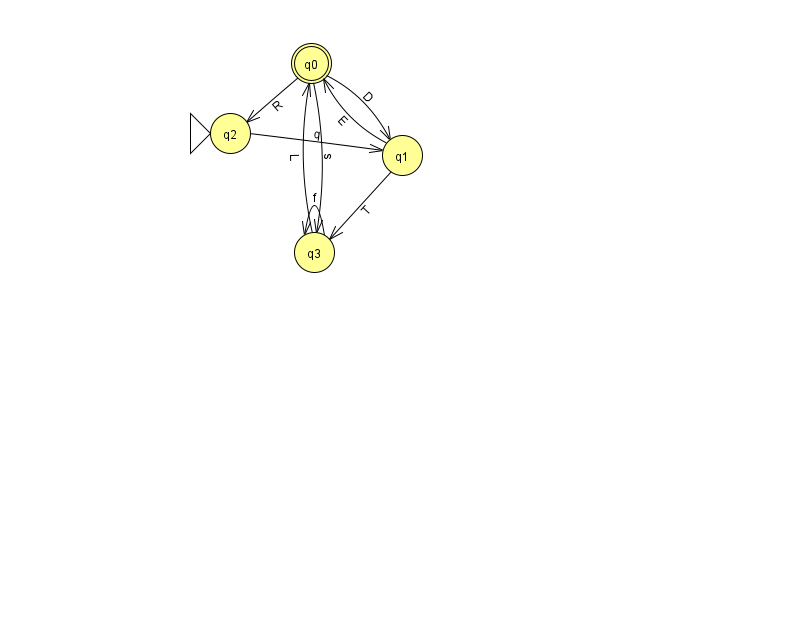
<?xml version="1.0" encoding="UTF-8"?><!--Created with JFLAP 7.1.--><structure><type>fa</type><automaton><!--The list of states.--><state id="0" name="q0"><x>311.0</x><y>50.0</y><final/></state><state id="1" name="q1"><x>402.0</x><y>142.0</y></state><state id="2" name="q2"><x>230.0</x><y>120.0</y><initial/></state><state id="3" name="q3"><x>314.0</x><y>239.0</y></state><!--The list of transitions.--><transition><from>3</from><to>0</to><read>L</read></transition><transition><from>1</from><to>3</to><read>T</read></transition><transition><from>2</from><to>1</to><read>q</read></transition><transition><from>3</from><to>3</to><read>f</read></transition><transition><from>0</from><to>2</to><read>R</read></transition><transition><from>0</from><to>1</to><read>D</read></transition><transition><from>0</from><to>3</to><read>s</read></transition><transition><from>1</from><to>0</to><read>E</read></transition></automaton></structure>